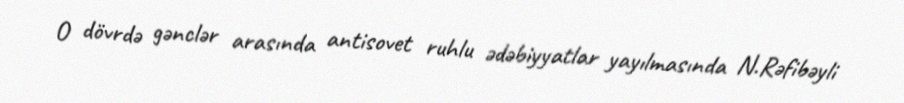
O dövrdə gənclər arasında antisovet ruhlu ədəbiyyatlar yayılmasında N.Rəfibəyli